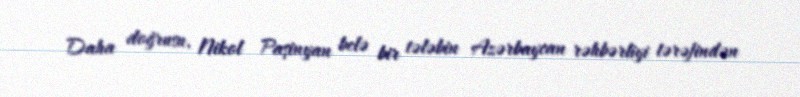
Daha doğrusu, Nikol Paşinyan belə bir tələbin Azərbaycan rəhbərliyi tərəfindən